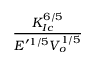
\frac { K _ { I c } ^ { 6 / 5 } } { E ^ { \prime 1 / 5 } V _ { o } ^ { 1 / 5 } }